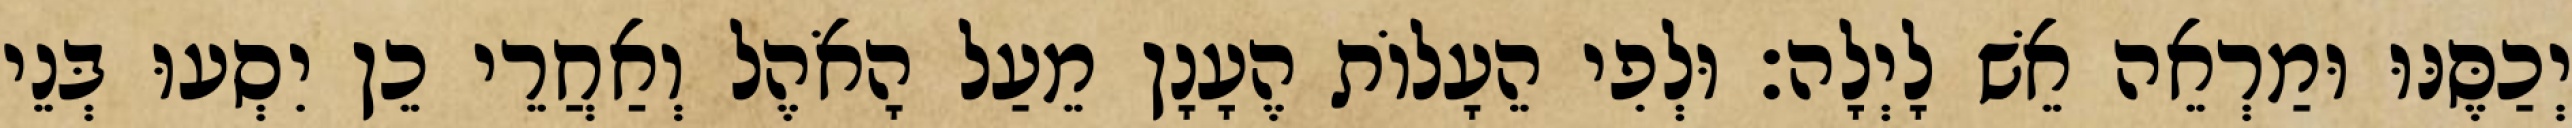
יְכַסֶּנּוּ וּמַרְאֵה אֵשׁ לָיְלָה׃ וּלְפִי הֵעָלוֹת הֶעָנָן מֵעַל הָאֹהֶל וְאַחֲרֵי כֵן יִסְעוּ בְּנֵי